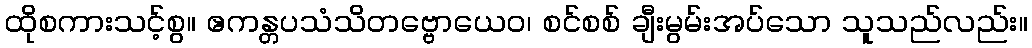
ထိုစကားသင့်စွ။ ဧကန္တပသံသိတဗ္ဗောယေဝ၊ စင်စစ် ချီးမွမ်းအပ်သော သူသည်လည်း။